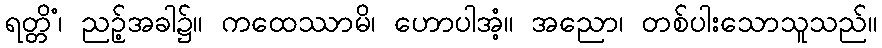
ရတ္တိံ၊ ညဉ့်အခါ၌။ ကထေဿာမိ၊ ဟောပါအံ့။ အညော၊ တစ်ပါးသောသူသည်။